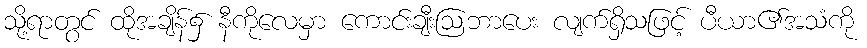
သို့ရာတွင် ထိုအချိန်၌ နီကိုလေမှာ ကောင်းချီးဩဘာပေး လျက်ရှိသဖြင့် ပီယာ၏အသံကို